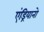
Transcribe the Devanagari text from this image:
एंड्रियानो